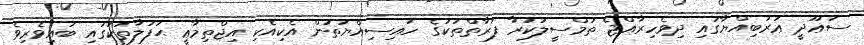
ސަޢޫދީ ޢަރަބިއްޔާގައި ދިވެހިރާއްޖެ ތަމްސީލުކުރާ ފަރާތްތަކުގެ ހައިސިއްޔަތުން އެކިއެކި އިޖްތިމާޢީ ޙަފުލާތަކުގައި ބައިވެރިވެ